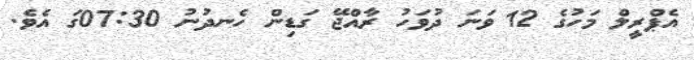
އެޕްރީލް މަހުގެ 12 ވަނަ ދުވަހު ރާއްޖޭ ގަޑިން ހެނދުނު 07:30ގަ އެވެ.